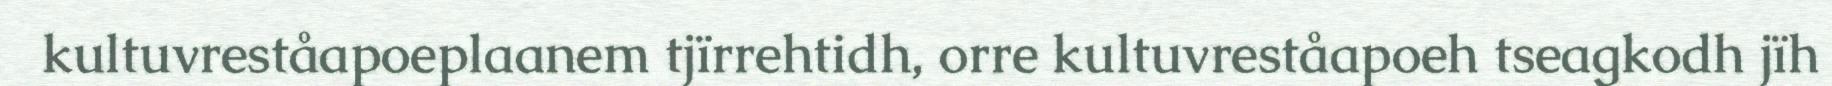
kultuvreståapoeplaanem tjïrrehtidh, orre kultuvreståapoeh tseagkodh jïh